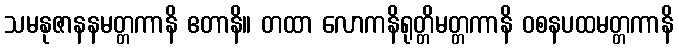
သမနုဇာနနမတ္တကာနိ ဧတာနိ။ တထာ လောကနိရုတ္တိမတ္တကာနိ ဝစနပထမတ္တကာနိ